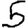
Digit: 5